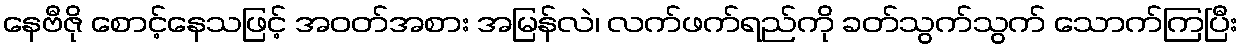
နေဗီဇို စောင့်နေသဖြင့် အဝတ်အစား အမြန်လဲ၊ လက်ဖက်ရည်ကို ခတ်သွက်သွက် သောက်ကြပြီး